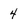
Character: 4